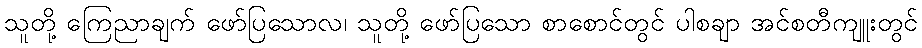
သူတို့ ကြေညာချက် ဖော်ပြသောလ၊ သူတို့ ဖော်ပြသော စာစောင်တွင် ပါစချာ အင်စတီကျူးတွင်